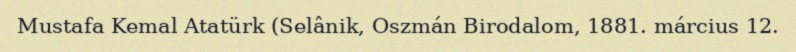
Mustafa Kemal Atatürk (Selânik, Oszmán Birodalom, 1881. március 12.